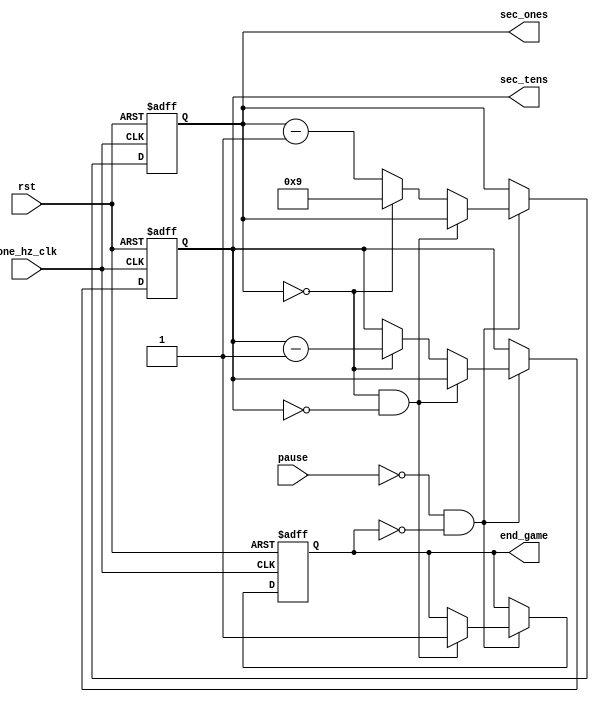
`timescale 1ns / 1ps
//////////////////////////////////////////////////////////////////////////////////
// Company: 
// Engineer: 
// 
// Design Name: 
// Module Name:    counter 
// Project Name: 
// Target Devices: 
// Tool versions: 
// Description: 
//
// Dependencies: 
//
// Revision: 
// Revision 0.01 - File Created
// Additional Comments: 
//
//////////////////////////////////////////////////////////////////////////////////
module counter(
    input one_hz_clk,
    input rst,
    input pause,
    output [3:0] sec_ones,
    output [3:0] sec_tens,
    output end_game
    );

	reg end_sig = 1'b0;
	reg [3:0] sec_ones_cnt = 4'b0000;
	reg [3:0] sec_tens_cnt = 4'b1001;

	always @(posedge one_hz_clk or posedge rst) begin
    
        if (rst == 1) begin
            sec_ones_cnt = 4'b0000;
				sec_tens_cnt = 4'b0110;
				end_sig = 0;
        end
		  else if(pause == 0 && end_sig == 0) begin
				if(sec_ones_cnt == 0 && sec_tens_cnt == 0) begin
					end_sig = 1;
				end
				else if (sec_ones_cnt == 0) begin
					sec_tens_cnt = sec_tens_cnt - 1'b1;
					sec_ones_cnt = 4'b1001;
				end
				else begin
					sec_ones_cnt = sec_ones_cnt - 1'b1;
				end
		  end
	end

	assign sec_ones = sec_ones_cnt;
	assign sec_tens = sec_tens_cnt;
	assign end_game = end_sig;


endmodule